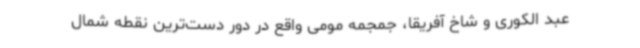
عبد الکوری و شاخ آفریقا، جمجمه مومی واقع در دور دست‌ترین نقطه شمال